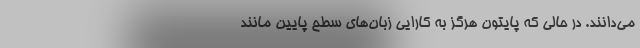
می‌دانند. در حالی که پایتون هرگز به کارایی زبان‌های سطح پایین مانند